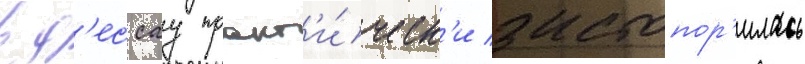
в д'ессау практ'и́ческ'и застопор'илась